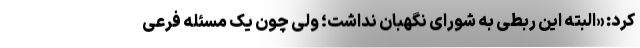
کرد: «البته این ربطی به شورای نگهبان نداشت؛ ولی چون یک مسئله فرعی